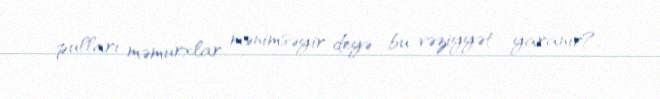
pulları məmurxlar mənimsəyir deyə bu vəziyyət yaranır?.